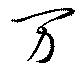
万